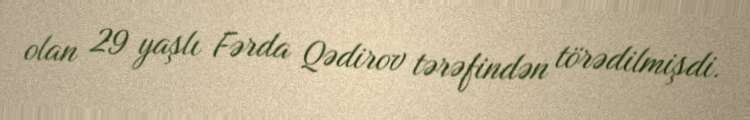
olan 29 yaşlı Fərda Qədirov tərəfindən törədilmişdi.